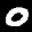
Label: 0